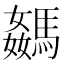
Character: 𩤦